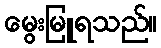
မွေးမြူရသည်။